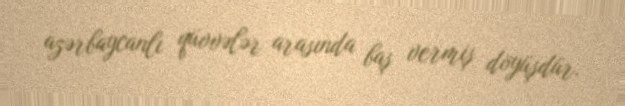
azərbaycanlı qüvvələr arasında baş vermiş döyüşdür.